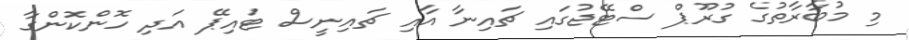
މި މުބާރާތުގެ ގުރޫޕް ސްޓޭޖުގައި ޗައިނާ އާއި ޗައިނީސް ޓައިޕޭ އަދި ހޮންކޮންގާ